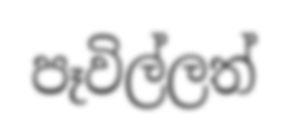
පෑවිල්ලත්